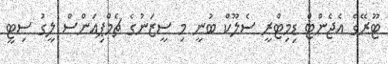
ޓޫރޭގެ އެޖެންޓް ޑިމިޓްރީ ސެލޫކް ބުނީ މި ސީޒަނުގެ ޗެމްޕިއަންސް ލީގު ސިޓީ